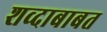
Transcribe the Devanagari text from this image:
शव्दाबाबत